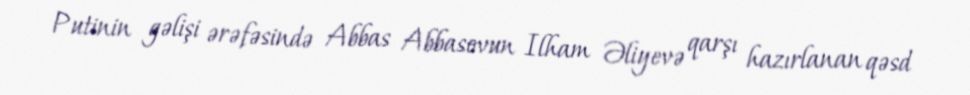
Putinin gəlişi ərəfəsində Abbas Abbasovun Ilham Əliyevə qarşı hazırlanan qəsd